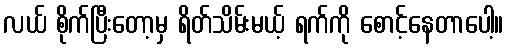
လယ် စိုက်ပြီးတော့မှ ရိတ်သိမ်းမယ့် ရက်ကို စောင့်နေတာပေါ့။